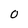
Character: 0